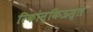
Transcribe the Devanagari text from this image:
रिकोन्किऊस्त